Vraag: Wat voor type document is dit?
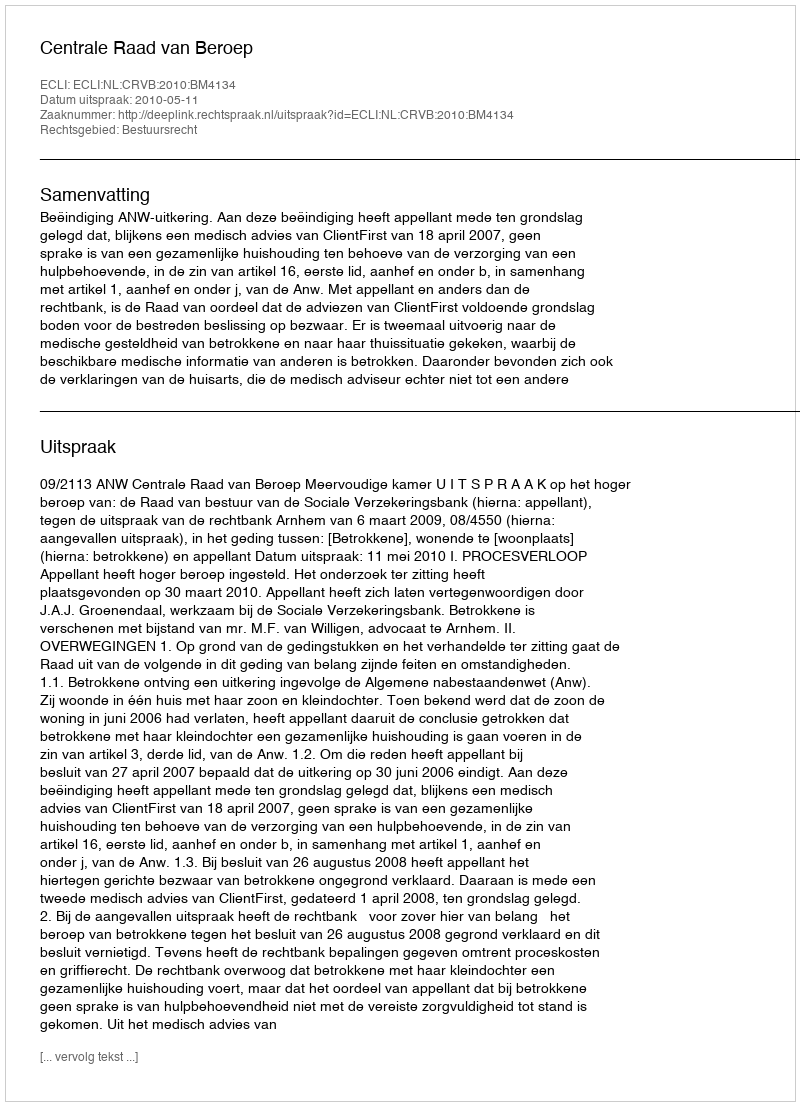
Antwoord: Uitspraak